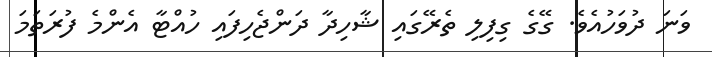
ވަނަ ދުވަހުއެވެ. ގޭގެ ގިފިލި ތެރޭގައި ޝާހިދާ ދަންޖެހިފައި ހުއްޓާ އެންމެ ފުރަތަމަ